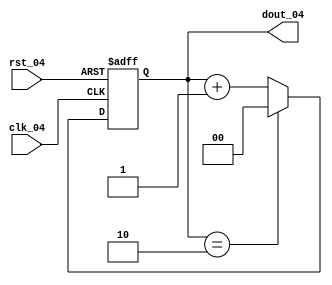
module counter3_04(clk_04,rst_04,dout_04);
input clk_04,rst_04;
output[1:0] dout_04;

reg[1:0] dout_04;

always@(posedge clk_04 or posedge rst_04)
begin
	if(rst_04)dout_04<=0;
	else if(dout_04[1:0]==2'b10)
	begin
		dout_04[1:0]<=2'b00;
	end
	else
	begin
		dout_04<=dout_04+1'b1;
	end
end
endmodule